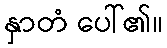
နှာတံ ပေါ်၏။